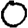
Digit: 0